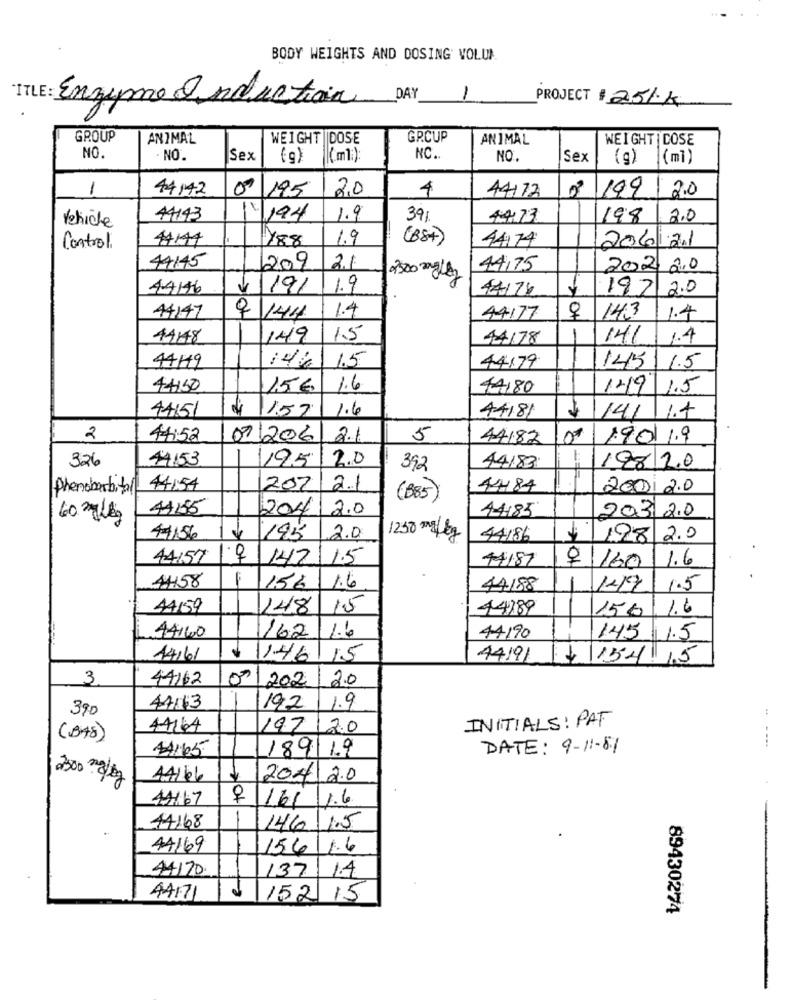
BODY WEIGHTS AND DOSING VOLUN
TITLE: Enzyme Induction DAY
1
PROJECT # 251k
GROUP
ANIMAL
WEIGHT ||DOSE
GR.CUP
ANIMAL
WEIGHT |COSE
NO
. NO.
Sex
(g)
(ml:)
NC.
NO.
Sex
(g)
(ml)
1
44142
09/195
2,0
4
44172
199 20
Vehicle
44143
11/194
1.9
39%
44.73
198
2.0
44141
1.9
(88+)
44174
206121
Control
188
44145
209
2.1
44,75
202 210
2500 mgley
44146
11/9/ 19
44174
192 20
44147
1.4
9 144
44177
143
1.4
4448
149
1.5
44/78
141
1.4
44119
14/ 15
44179
145
1.5
44150
15€
1.6
14180
149
1.5
44151
$ 1.57
1.6
44181
141
1.4
2
14:52
07/2016
2.1
5
44182
1901 1.9
326
44153
2.0
195
392
44183
198 20
Phenobarbital 44:54
202
2.1
4484
2001 2.0
(B85)
44155
204
2.0
44185
203 20
60 mg /kg
44156
195
2.0
1250 mg/ kg
44186
$ 128 2.0
44:57
SOH
142
1.5
44187
1.6
$ 160
4458
156
1.6
44188
1419
1.5
44/59
148
1.5
44189
150
1.6
1.6
44160
1162
44190
145 1.5
14/61
1146 15
44191
: 154 15
3
44162
001
202
2.0
390
41/13
192
1.9
INITIALS: PAT
44144
197
2.0
(048)
14165
189 19
DATE: 9-11-81
- ...
44/66
2020
44/67
161 1.6
44168
146
1.5
44169
156
1.6
44170.
1.4
137
4417
152 15
89430274